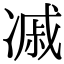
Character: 𠗼